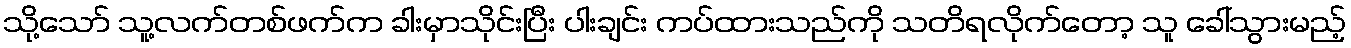
သို့သော် သူ့လက်တစ်ဖက်က ခါးမှာသိုင်းပြီး ပါးချင်း ကပ်ထားသည်ကို သတိရလိုက်တော့ သူ ခေါ်သွားမည့်